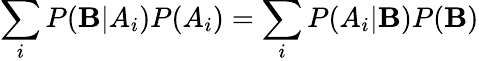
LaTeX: \sum_{i}{P(\mathbf{B}|A_{i})P(A_{i})}=\sum_{i}{P(A_{i}|\mathbf{B})P(\mathbf{B})}